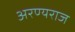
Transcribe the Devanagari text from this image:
अरण्यराज